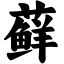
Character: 藓